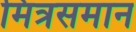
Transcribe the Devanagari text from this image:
मित्रसमान